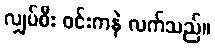
လျှပ်စီး ဝင်းကနဲ လက်သည်။